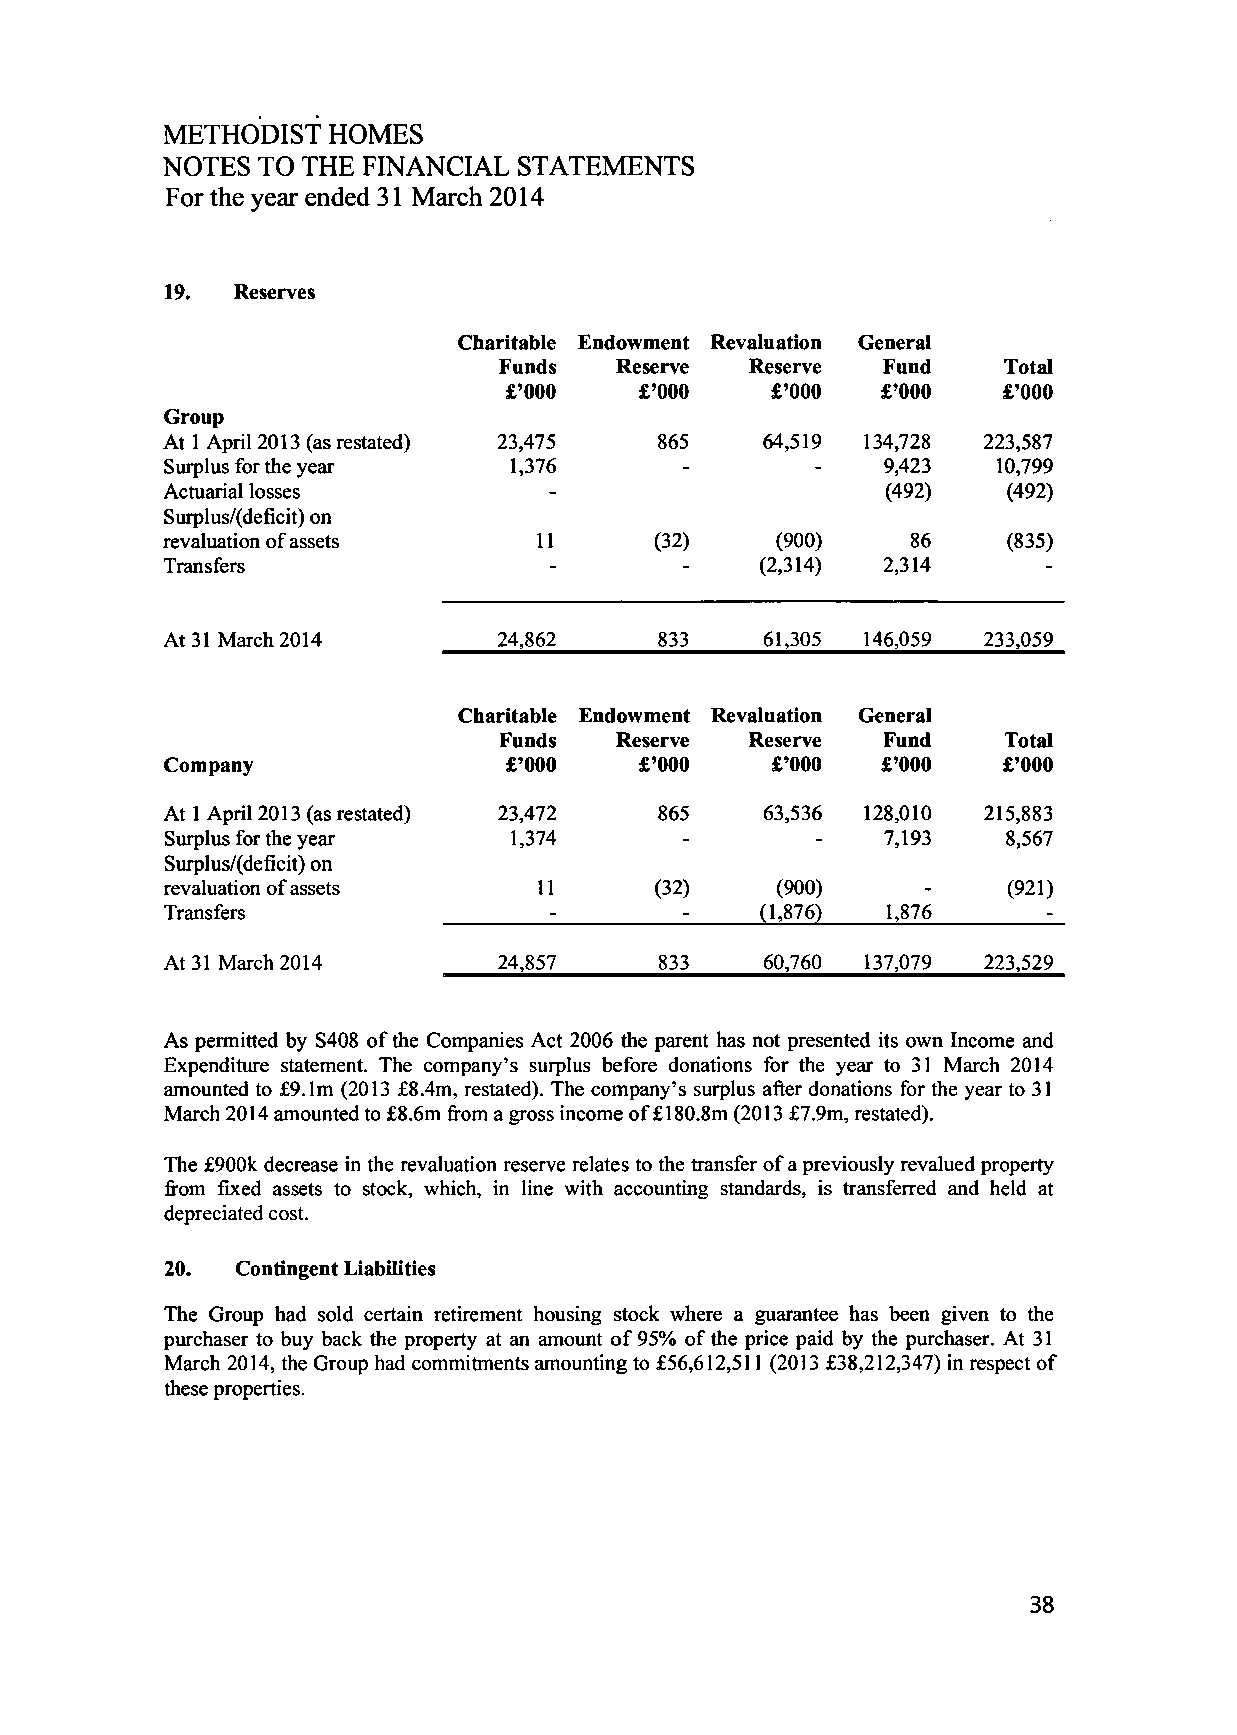
METHODIST  HOMES
 NOTES TO THE FINANCIAL  STATEMENTS
 For the year ended 31 March 2014
 19. Reserves
 Charitable Endowment Revaluation General
 Funds   Reserve  Reserve Fund    Total
 £'000    £'000    £'000  £'000   £'000
 Group
 At 1 April 2013 (as restated) 23,475 865 64,519 134,728 223,587
 Surplus for the year   1,376      -        -   9,423   10,799
 Actuarial losses         -                      (492)   (492)
 Surplus/(deficit) on
 revaluation of assets    11     (32)    (900)    86     (835)
 Transfers                -        -    (2,314) 2,314      -
 At 31 March 2014      24,862     833    61,305 146,059 233,059
 Charitable Endowment Revaluation General
 Funds   Reserve  Reserve Fund    Total
 Company                £'000   £'000    £'000  £'000   £'000
 At 1 April 2013 (as restated) 23,472 865 63,536 128,010 215,883
 Surplus for the year   1,374      -        -   7,193    8,567
 Surplus/fdeficit) on
 revaluation of assets    11     (32)    (900)     -     (921)
 Transfers                -        -    (1,876)  1,876     -
 At 31 March 2014      24,857     833    60,760 137,079 223,529
 As permitted by S408 of the Companies Act 2006 the parent has not presented its own Income and
 Expenditure statement. The company's surplus before donations for the year to 31 March 2014
 amounted to £9.1m (2013 £8.4m, restated). The company's surplus after donations for the year to 31
 March 2014 amounted to £8.6m from a gross income of £ 180.8m (2013 £7.9m, restated).
 The £900k decrease in the revaluation reserve relates to the transfer of a previously revalued property
 from fixed assets to stock, which, in line with accounting standards, is transferred and held at
 depreciated cost.
 20.  Contingent Liabilities
 The Group had sold certain retirement housing stock where a guarantee has been given to the
 purchaser to buy back the property at an amount of 95% of the price paid by the purchaser. At 31
 March 2014, the Group had commitments amounting to £56,612,511 (2013 £38,212,347) in respect of
 these properties.
 38